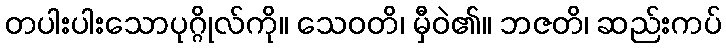
တပါးပါးသောပုဂ္ဂိုလ်ကို။ သေဝတိ၊ မှီဝဲ၏။ ဘဇတိ၊ ဆည်းကပ်